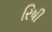
રિષી